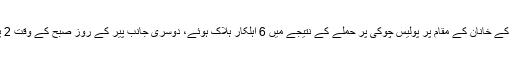
اور پیر کے رات دو بجے کے لگ بھگ ضلع چورہ کے قلعہ راغ کے علاقے کے خانان کے مقام پر پولیس چوکی پر حملے کے نتیجے میں 6 اہلکار ہلاک ہوئے، دوسری جانب پیر کے روز صبح کے وقت 2 پولیس نقیب اللہ ولد عبد الرزاق اور محمد برات ولد شیرزادہ مجاہدین سے آملے۔